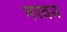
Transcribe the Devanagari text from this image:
नरवम